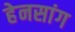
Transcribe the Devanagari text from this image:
हेनसांग